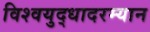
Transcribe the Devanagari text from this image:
विश्वयुद्धादरम्यान